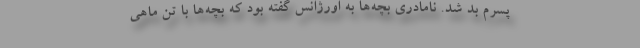
پسرم بد شد. نامادری بچه‌ها به اورژانس گفته بود که بچه‌ها با تن ماهی